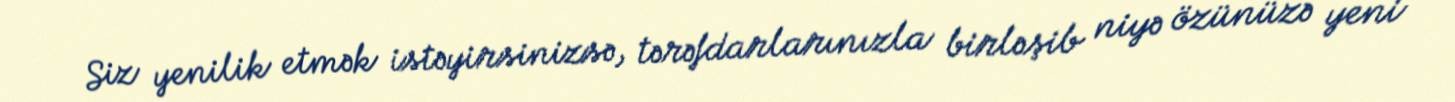
Siz yenilik etmək istəyirsinizsə, tərəfdarlarınızla birləşib niyə özünüzə yeni